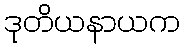
ဒုတိယနာယက